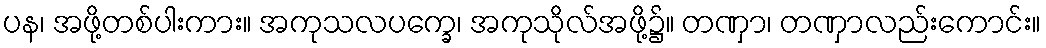
ပန၊ အဖို့တစ်ပါးကား။ အကုသလပက္ခေ၊ အကုသိုလ်အဖို့၌။ တဏှာ၊ တဏှာလည်းကောင်း။